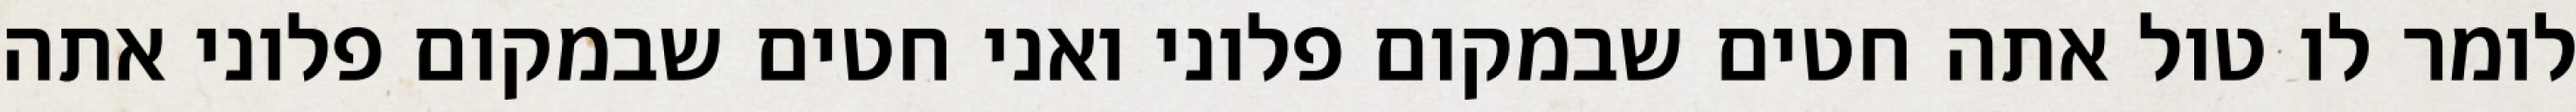
לומר לו טול אתה חטים שבמקום פלוני ואני חטים שבמקום פלוני אתה